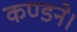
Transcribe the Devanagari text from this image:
कण्डने।